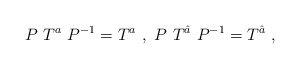
\begin{align*}P~T^a~P^{-1}= T^a ~,~ P~T^{\hat a}~P^{-1}= T^{\hat a}~,~\,\end{align*}